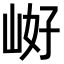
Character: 𭖝